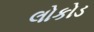
લોકોડ